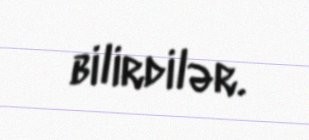
bilirdilər.